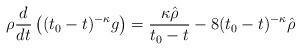
LaTeX: \begin{align*}\rho\frac{d}{dt}\left((t_0-t)^{-\kappa}g\right)=\frac{\kappa{\hat\rho}}{t_0-t}-8(t_0-t)^{-\kappa}{\hat\rho}\end{align*}